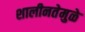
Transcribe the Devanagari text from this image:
शालीनतेमुळे